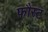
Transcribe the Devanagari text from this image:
फौस्ट